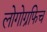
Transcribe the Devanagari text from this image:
लोगोग्रफिच